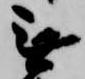
無